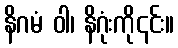
နိဂမံ ဝါ၊ နိဂုံးကို၎င်း။